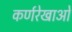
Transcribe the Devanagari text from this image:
कर्णरेखाओं